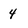
Character: 4